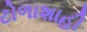
ટોળાશાહી